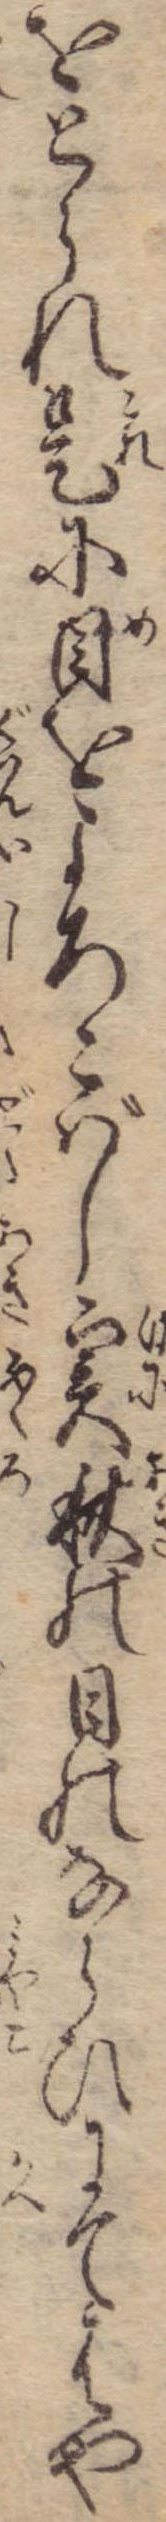
をとられ是に目をよろこばし実秋の日のならひにてはや